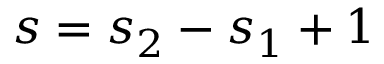
s = s _ { 2 } - s _ { 1 } + 1